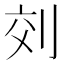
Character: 𠜅